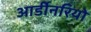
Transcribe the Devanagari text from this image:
आर्डीनरियो